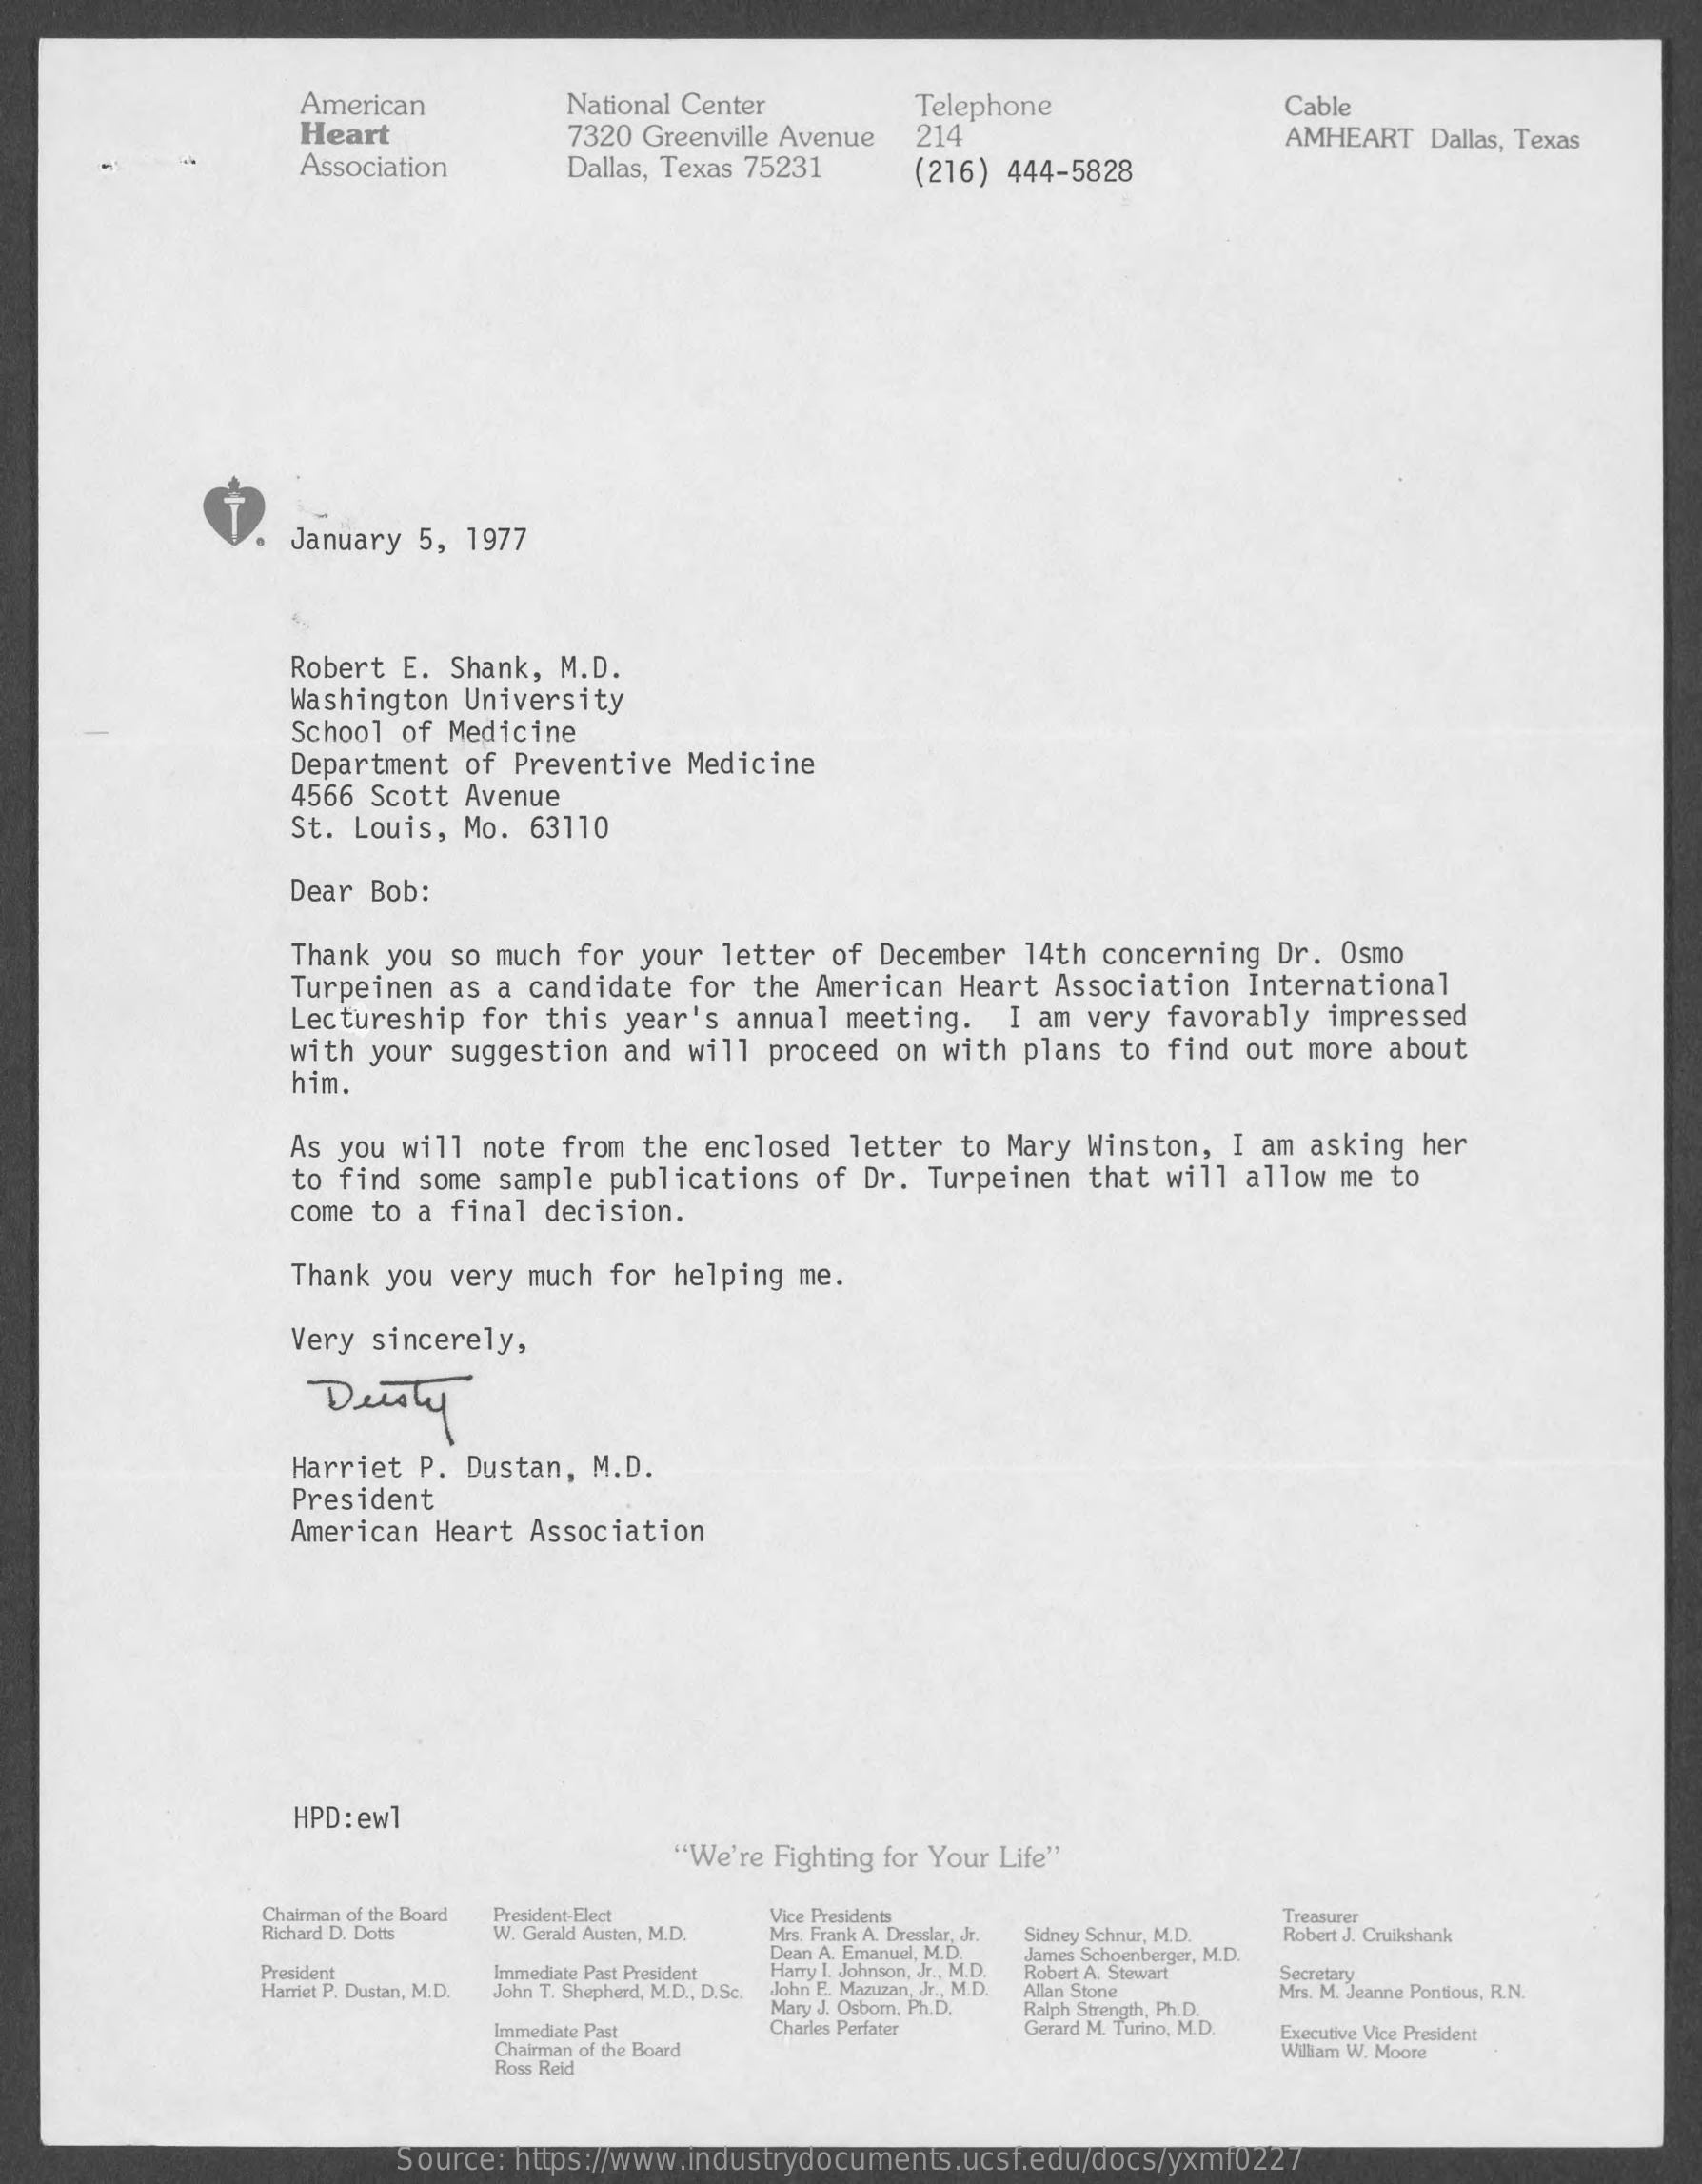
American
     Heart
     National  Center
     7320   Greenville  Avenue
     Telephone    Cable
     214
     Association    Dallas,  Texas  75231
     AMHEART    Dallas, Texas
     (216)   444-5828
     January    5,   1977
     Robert    E.  Shank,    M.D.
     Washington    University
     School    of  Medicine
     Department    of   Preventive    Medicine
     4566   Scott   Avenue
     St.  Louis,    Mo.    63110
     Dear   Bob:
     Thank   you   so  much    for  your    letter    of  December    14th   concerning    Dr.   Osmo
     Turpeinen    as  a  candidate    for   the  American    Heart   Association    International
     Lectureship    for   this   year's    annual    meeting.    I  am  very    favorably    impressed
     with   your   suggestion    and   will   proceed    on  with    plans    to  find   out  more    about
     him.
     As  you  will    note   from    the  enclosed    letter    to  Mary   Winston,    I am   asking    her
     to  find   some    sample    publications    of  Dr.   Turpeinen    that   will   allow    me  to
     come   to  a  final    decision.
     Thank   you   very   much    for  helping    me.
     Very   sincerely,
     Deisty
     Harriet    P.   Dustan,    M.D.
     President
     American    Heart   Association
     HPD:  ew1
     "We're   Fighting  for Your  Life"
     Chairman of the Board
     Richard D. Dotts
     President-Elect
     W. Gerald Austen, M.D.
     Vice Presidents
     Mrs. Frank A. Dresslar, Jr.
     Dean A. Emanuel, M.D.
     Sidney Schnur, M.D.
     Treasurer
     President    Immediate Past President Harry I. Johnson, Jr ., M.D.
     James Schoenberger, M.D.
     Robert J. Cruikshank
     Harriet P. Dustan, M.D. John T. Shepherd, M.D ., D.Sc. John E. Mazuzan, Jr ., M.D.
     Robert A. Stewart    Secretary
     Mary J. Osborn, Ph.D.
     Allan Stone
     Immediate Past    Charles Perfater
     Ralph Strength, Ph. D.
     Mrs. M. Jeanne Pontious, R.N.
     Gerard M. Turino, M.D. Executive Vice President
     Chairman of the Board
     Ross Reid
     William W. Moore
     Source:    https://www.industrydocuments.ucsf.edu/docs/yxmf0227